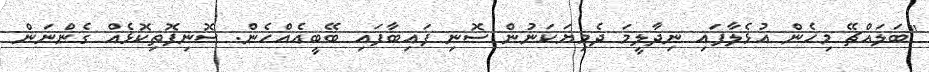
"ބަލައްޗޭ މިހެން އުޅެލާފައި ނިދާލީމަ ދެމިޔަކަނުން ސޮނި ފައިބާފައި ބޭބީއެއްހެން. ސޮނިފޮތިކޮޅެއް ގެންނަން